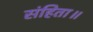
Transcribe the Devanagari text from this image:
संहिता॥